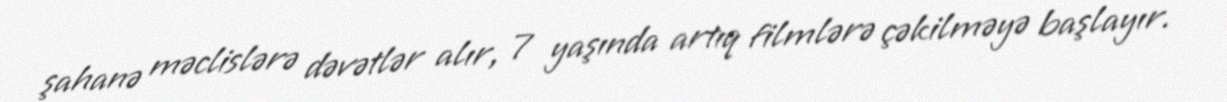
şahanə məclislərə dəvətlər alır, 7 yaşında artıq filmlərə çəkilməyə başlayır.